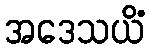
အဒေသယိံ